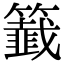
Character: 籖